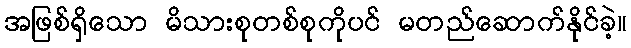
အဖြစ်ရှိသော မိသားစုတစ်စုကိုပင် မတည်ဆောက်နိုင်ခဲ့။